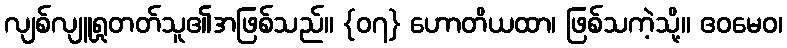
လျစ်လျူရှုတတ်သူ၏အဖြစ်သည်။ {၀၇} ဟောတိယထာ၊ ဖြစ်သကဲ့သို့။ ဧဝမေဝ၊